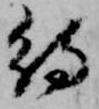
待